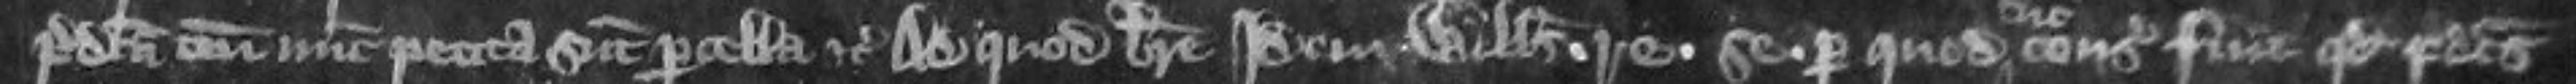
predicta tenementa nunc petita sunt parcella etc Ad quod breve idem Willelmus. retraxit. Se. per quod tunc consideratum fuit quod predictus